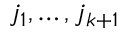
j _ { 1 } , \ldots , j _ { k + 1 }